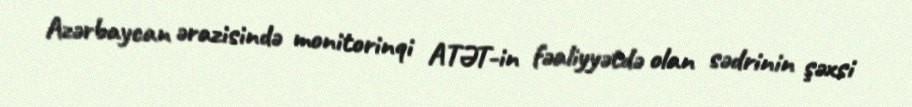
Azərbaycan ərazisində monitorinqi ATƏT-in fəaliyyətdə olan sədrinin şəxsi